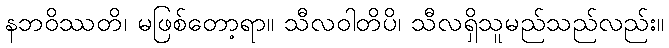
နဘဝိဿတိ၊ မဖြစ်တော့ရာ။ သီလဝါတိပိ၊ သီလရှိသူမည်သည်လည်း။